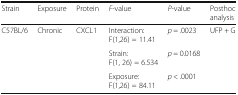
<table><thead><tr><td><b>Strain</b></td><td><b>Exposure</b></td><td><b>Protein</b></td><td><b><i>F</i>-value</b></td><td><b><i>P</i>-value</b></td><td><b>Posthoc analysis</b></td></tr></thead><tbody><tr><td>C57BL/6</td><td>Chronic</td><td>CXCL1</td><td>Interaction:F(1,26) = 11.41</td><td><i>p</i> = .0023</td><td>UFP + G</td></tr><tr><td></td><td></td><td></td><td>Strain:F(1, 26) = 6.534</td><td><i>p</i> = 0.0168</td><td></td></tr><tr><td></td><td></td><td></td><td>Exposure:F(1,26) = 84.11</td><td><i>p</i> &lt; .0001</td><td></td></tr></tbody></table>